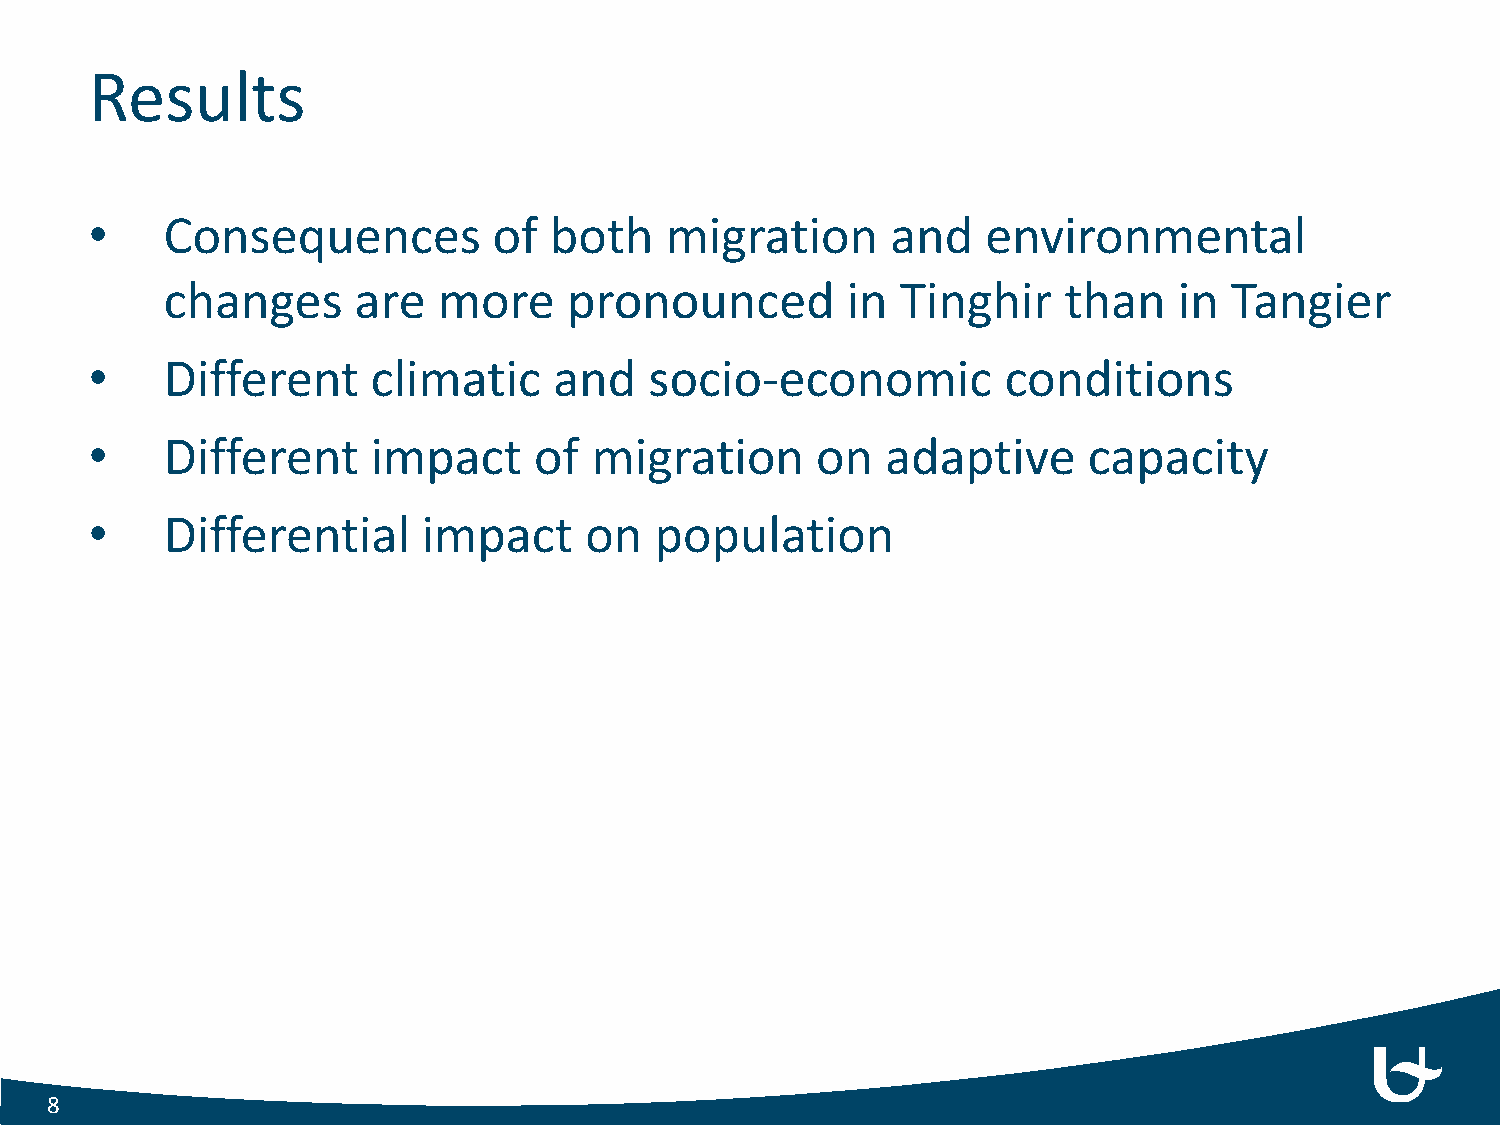
Results
 •    Consequences          of both    migration      and   environmental
 changes     are   more     pronounced        in  Tinghir   than    in Tangier
 •    Different     climatic    and   socio-economic          conditions
 •    Different     impact    of  migration      on   adaptive     capacity
 •    Differential     impact     on  population
 8